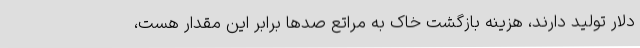
دلار تولید دارند، هزینه بازگشت خاک به مراتع صدها برابر این مقدار هست،